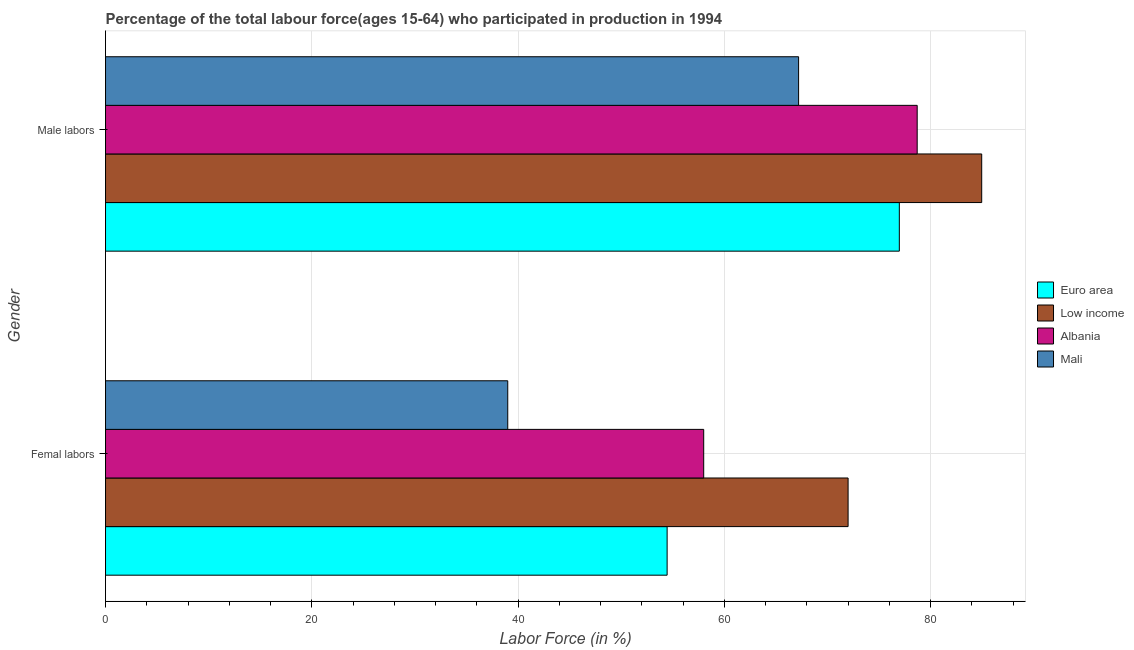
| Gender | Euro area | Low income | Albania | Mali |
 | --- | --- | --- | --- | --- |
 | Femal labors | 54.5 | 72 | 58 | 39 |
 | Male labors | 77 | 85 | 78.7 | 67.2 |